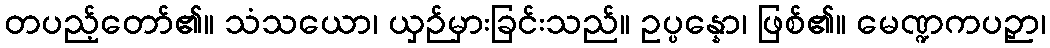
တပည့်တော်၏။ သံသယော၊ ယှဉ်မှားခြင်းသည်။ ဥပ္ပန္နော၊ ဖြစ်၏။ မေဏ္ဍကပဉှာ၊